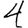
Digit: 4